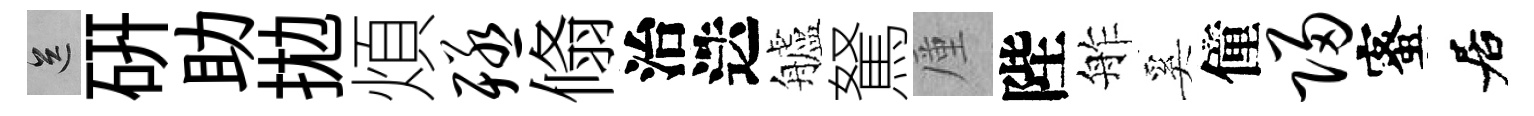
送硏助拋煩殛翛治迭艫駑厪陛舴奚僮归蜜居